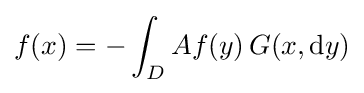
f(x)=-\int _{D}Af(y)\,G(x,\mathrm {d} y)